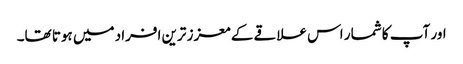
اور آپ کا شمار اس علاقے کے معزز ترین افراد میں ہوتا تھا۔